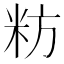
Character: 𮇉